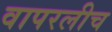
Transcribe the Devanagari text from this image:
वापरलीच